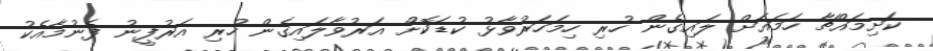
ކަށިމައްޗާ ހަމައަށް ލައިގެން ހުރި ހިމަހަރުވާޅު ކުޑަކޮށް އަރުވާލައިގެން ހުރި އަރުފީނު ފެނުމާއެކު